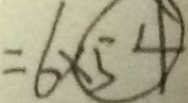
= 6 \times \textcircled { 5 4 }